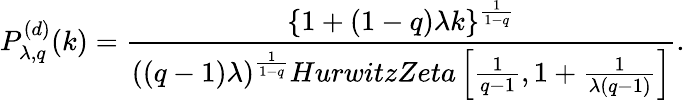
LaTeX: P_{\lambda,q}^{(d)}(k)=\frac{\{ 1+(1-q)\lambda k\} ^{\frac{1}{1-q}}}{((q-1)\lambda)^{\frac{1}{1-q}}HurwitzZeta\left[\frac{1}{q-1},1+\frac{1}{\lambda(q-1)}\right]}.